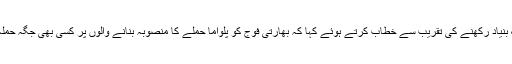
ادھربھارتی وزیراعظم نریندرمودی نے جھانسی میں ڈیفنس راہداری کا سنگ بنیاد رکھنے کی تقریب سے خطاب کرتے ہوئے کہا کہ بھارتی فوج کو پلواما حملے کا منصوبہ بنانے والوں پر کسی بھی جگہ حملہ کرنے کی اجازت دے دی ہے، ہمیں اپنی فوج کی بہادری پر پورا یقین ہے۔